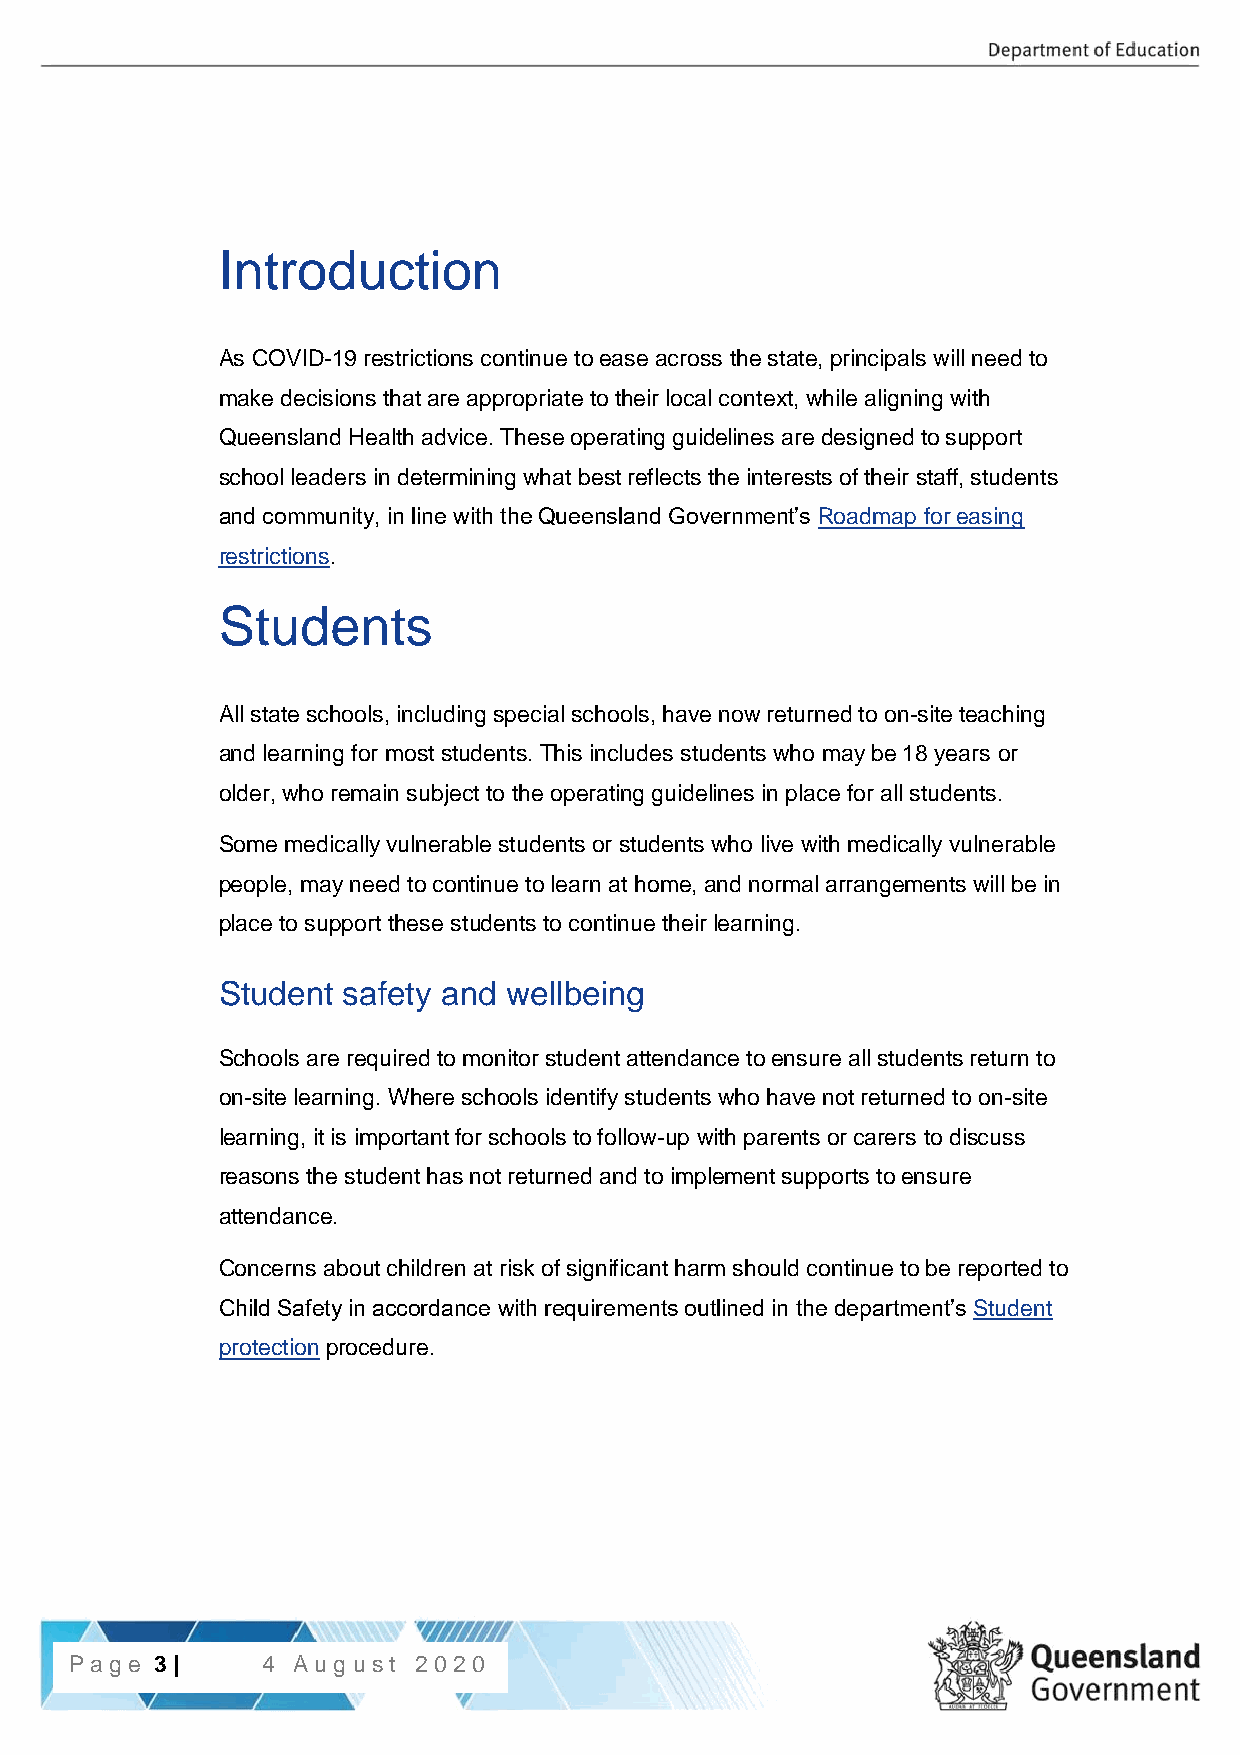
Introduction
 As COVID-19 restrictions continue to ease across the state, principals will need to
 make decisions that are appropriate to their local context, while aligning with
 Queensland Health advice. These operating guidelines are designed to support
 school leaders in determining what best reflects the interests of their staff, students
 and community, in line with the Queensland Government’s Roadmap for easing
 restrictions.
 Students
 All state schools, including special schools, have now returned to on-site teaching
 and learning for most students. This includes students who may be 18 years or
 older, who remain subject to the operating guidelines in place for all students.
 Some medically vulnerable students or students who live with medically vulnerable
 people, may need to continue to learn at home, and normal arrangements will be in
 place to support these students to continue their learning.
 Student  safety and wellbeing
 Schools are required to monitor student attendance to ensure all students return to
 on-site learning. Where schools identify students who have not returned to on-site
 learning, it is important for schools to follow-up with parents or carers to discuss
 reasons the student has not returned and to implement supports to ensure
 attendance.
 Concerns about children at risk of significant harm should continue to be reported to
 Child Safety in accordance with requirements outlined in the department’s Student
 protection procedure.
 P3a | gPea g3 e| 4 Aug ust 2020